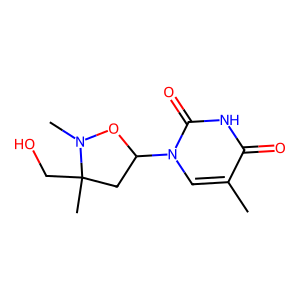
SMILES: Cc1cn(C2CC(C)(CO)N(C)O2)c(=O)[nH]c1=O
Inhibits HIV replication: No